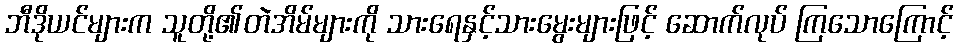
ဘီဒိုယင်များက သူတို့၏တဲအိမ်များကို သားရေနှင့်သားမွေးများဖြင့် ဆောက်လုပ် ကြသောကြောင့်